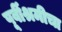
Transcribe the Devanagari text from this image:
पूर्वीश्रमीचा